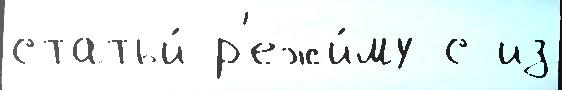
статьи́ р'ежи́му с из